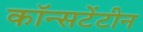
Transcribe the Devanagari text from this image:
कॉन्सटेंटीन